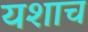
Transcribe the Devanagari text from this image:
यशाच